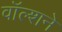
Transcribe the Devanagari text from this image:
वॉल्शने